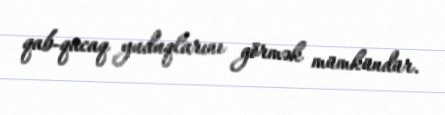
qab-qacaq yuduqlarını görmək mümkündür.